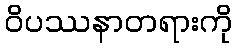
ဝိပဿနာတရားကို